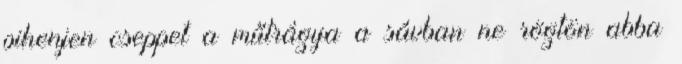
pihenjen cseppet a műtrágya a sávban ne rögtön abba